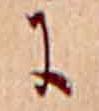
に